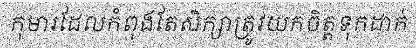
កុមារដែលកំពុងតែសិក្សាត្រូវយកចិត្តទុកដាក់